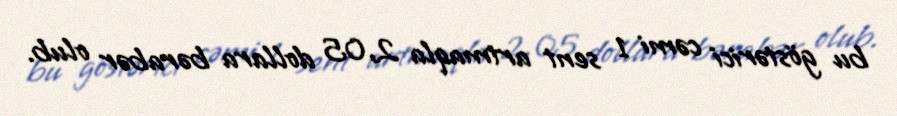
bu göstərici cəmi 1 sent artmaqla 2,05 dollara bərabər olub.